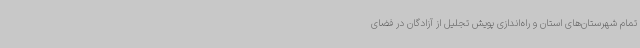
تمام شهرستان‌های استان و راه‌اندازی پویش تجلیل از آزادگان در فضای